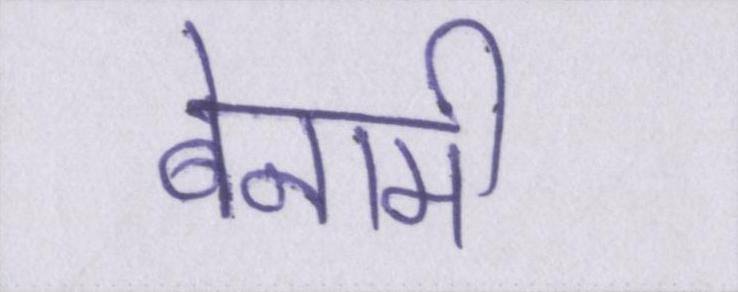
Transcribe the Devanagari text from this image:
बेनामी